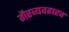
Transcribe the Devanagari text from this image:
गैरव्यवहारच